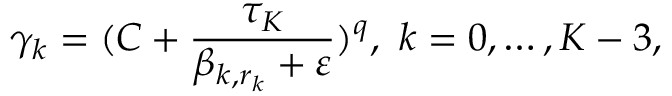
\gamma _ { k } = ( C + \frac { \tau _ { K } } { \beta _ { k , r _ { k } } + \varepsilon } ) ^ { q } , \mathrm { ~ } k = 0 , \dots , K - 3 ,